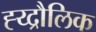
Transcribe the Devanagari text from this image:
ह्य्द्रौलिक